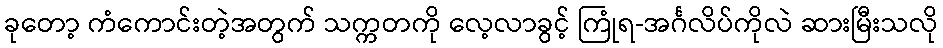
ခုတော့ ကံကောင်းတဲ့အတွက် သက္ကတကို လေ့လာခွင့် ကြုံရ-အင်္ဂလိပ်ကိုလဲ ဆားမြီးသလို